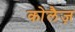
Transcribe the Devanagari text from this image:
कोलैज़